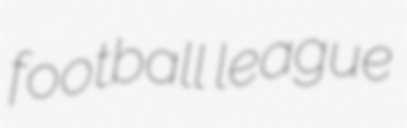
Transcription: football league